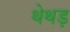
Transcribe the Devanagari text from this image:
थेथड़